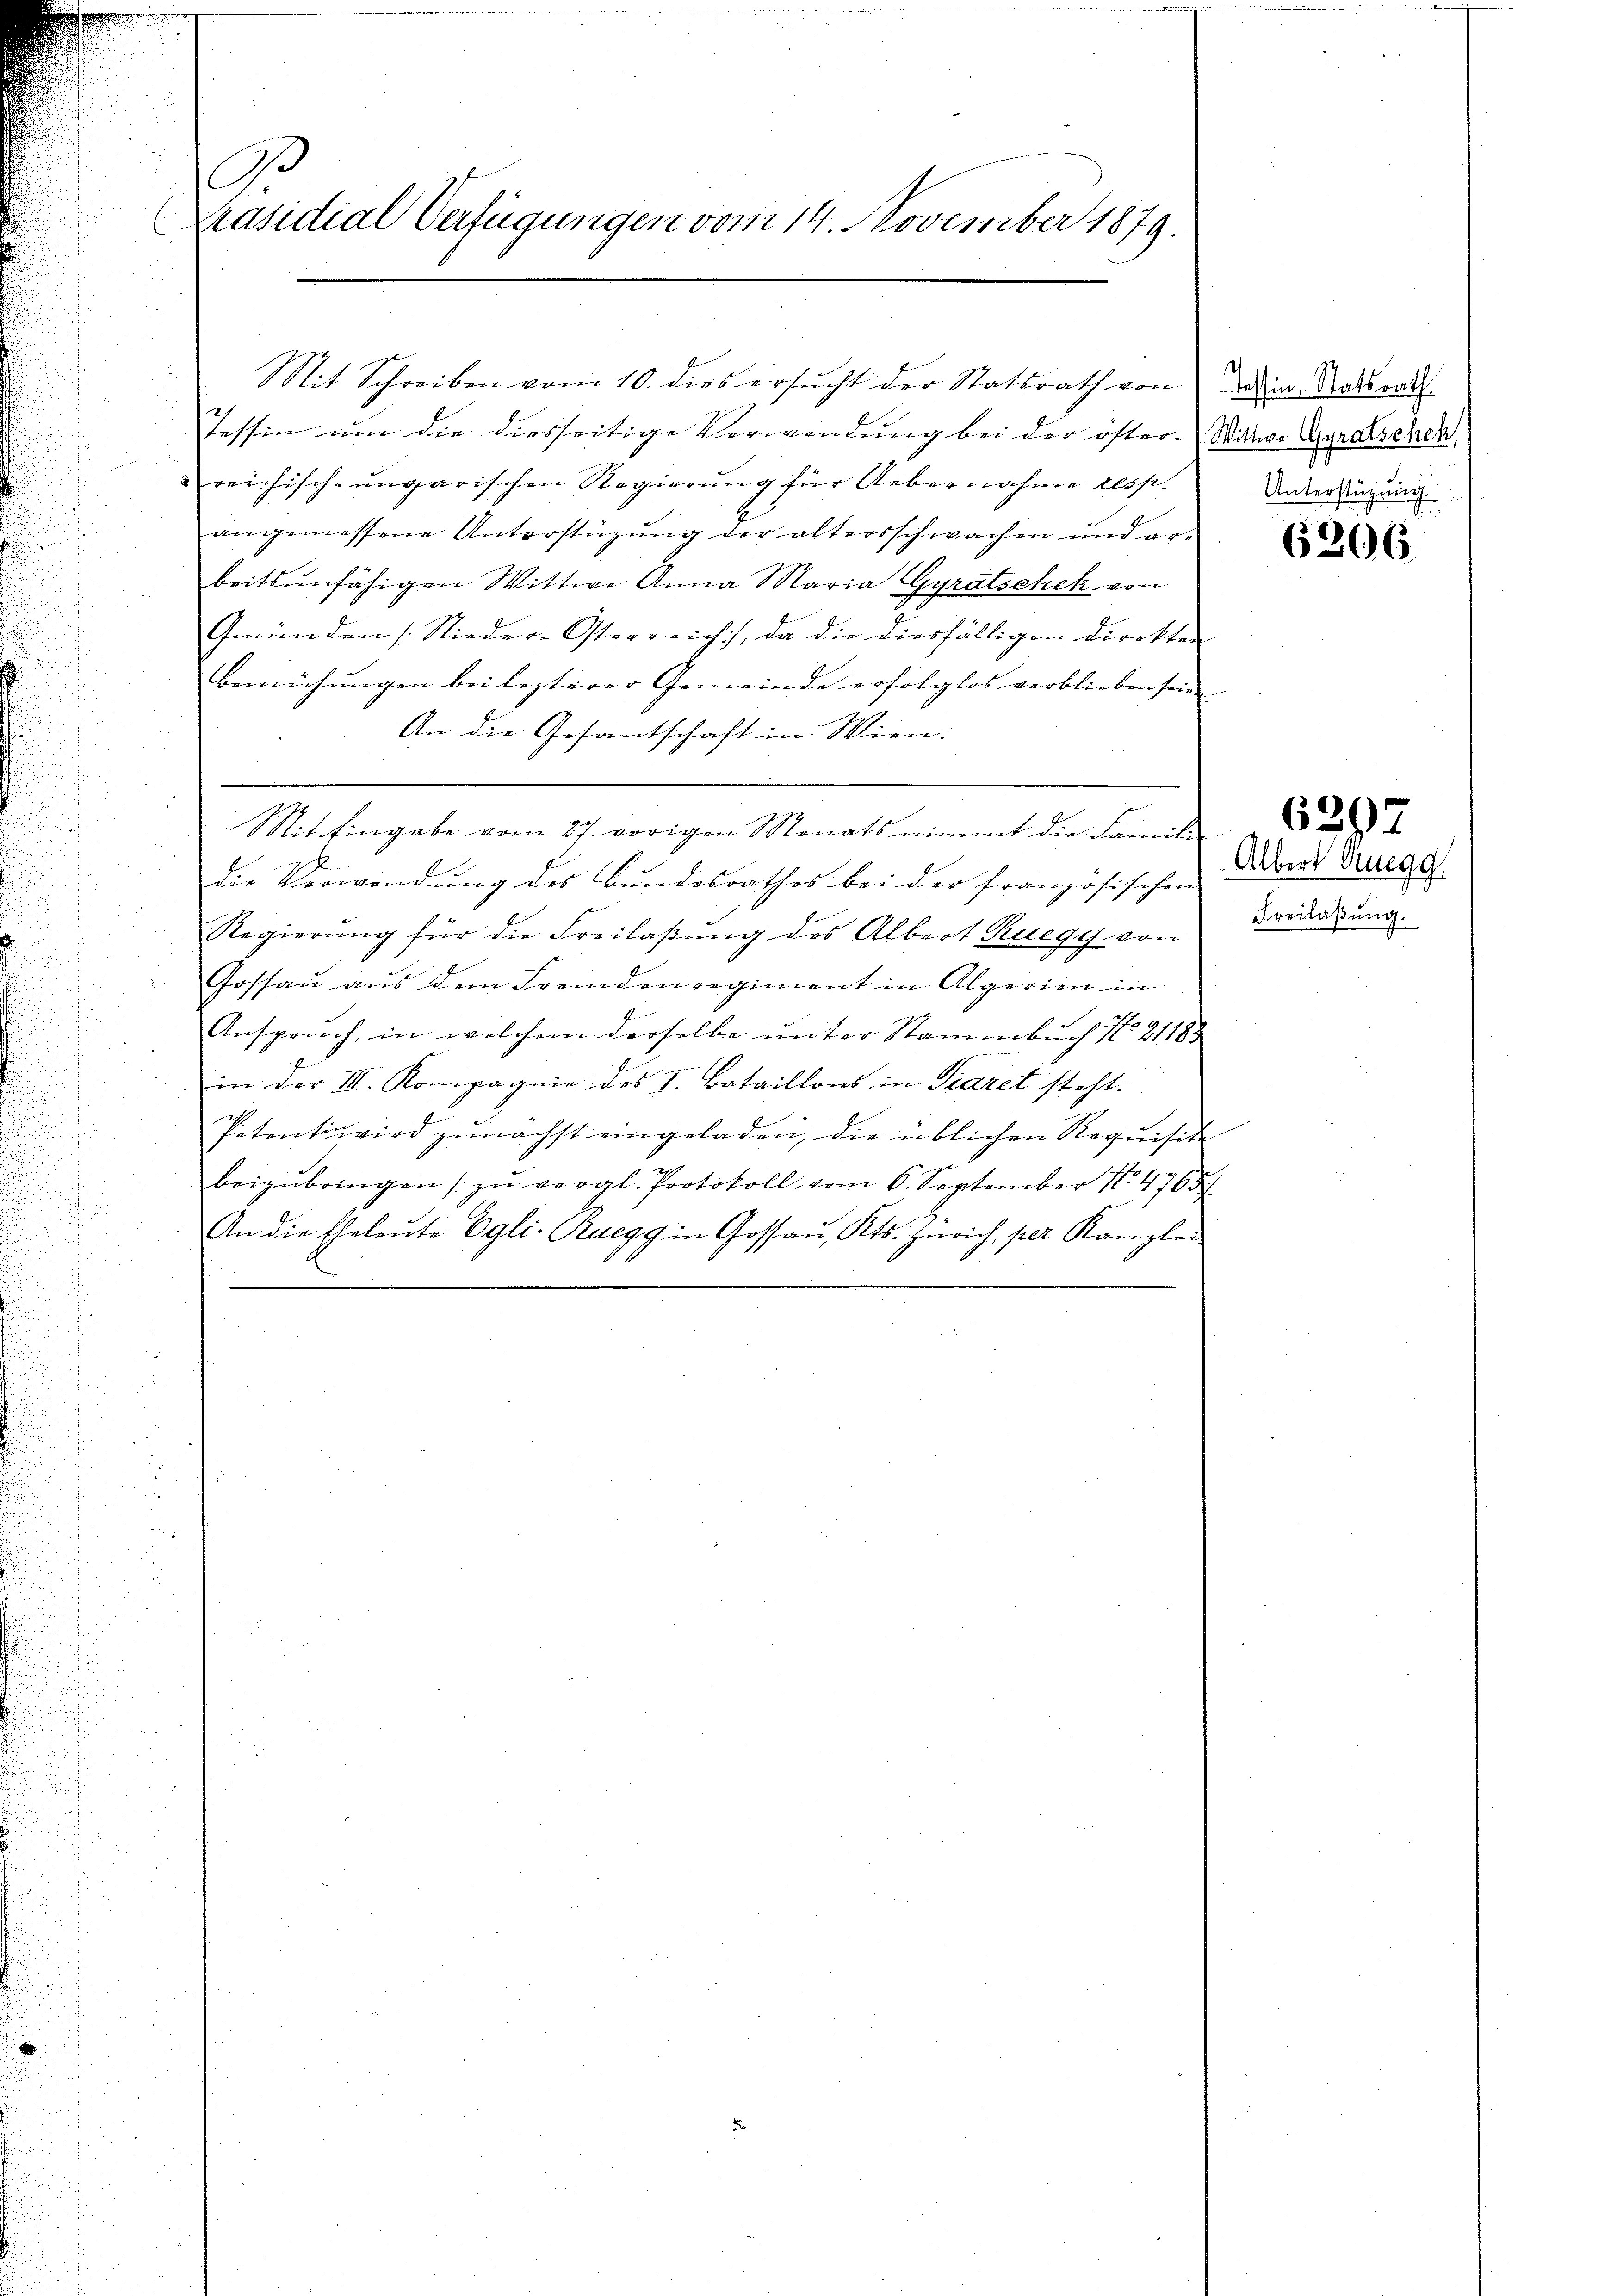
e
Präsidial Verfügungen vom 14. November 1879.

Mit Schreiben vom 10. dies ersŭcht der Statsrath von dem Ratsrath.
Tessin um die diesseitige Verwendung bei der öster-Wittwe Gynalschen,
reichisch-ungarischen Regierung für Uebernahme resp.
angemessene Unterstüzung der altersschwachen und ar-
beitsunfähigen Wittwe Anna Maria Gyratschek von
Gmünden Nieder-Österreich, da die diesfälligen Direkten
Bemühungen bei lezterer Gemeinde erfolglos verblieben sein
An die Gesantschaft in Wien.
Mit Eingabe vom 27. vorigen Monats nimmt die Familie
die Verwendung des Bundesrathes bei der französischen Darst Ducat
Regierung für die Freilaßung des Albert Ruegg von Bridasung.
Gossau aus dem Fremdenregiment in Algerien in
u
Anspruch, in welchem derselbe unter Stammbuch No 21183
in der III. Kompagnie des I. Bataillons in Piaret steht.
.
petenti wird zunächst eingeladen, die üblichen Requisite
beizŭbringen zŭ vergl. Protokoll vom 6. September 14765
An die Eheleŭte Egli-Ruegg in Gossaŭ, Kts. Zürich, per Kanzlei

Unterstüzung.

6206.

6297